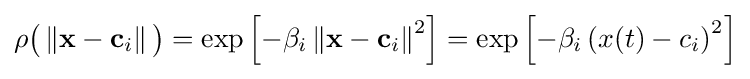
\rho {\big (}\left\Vert \mathbf {x} -\mathbf {c} _{i}\right\Vert {\big )}=\exp \left[-\beta _{i}\left\Vert \mathbf {x} -\mathbf {c} _{i}\right\Vert ^{2}\right]=\exp \left[-\beta _{i}\left(x(t)-c_{i}\right)^{2}\right]